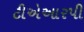
ટીએઆરપી